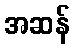
အဆန်